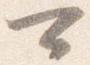
可